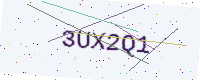
Text: 3UX2Q1